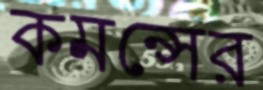
কমন্সের